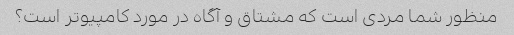
منظور شما مردی است که مشتاق و آگاه در مورد کامپیوتر است؟